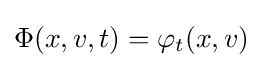
\Phi (x,v,t)=\varphi _{t}(x,v)